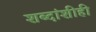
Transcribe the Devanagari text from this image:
शब्दांशीही